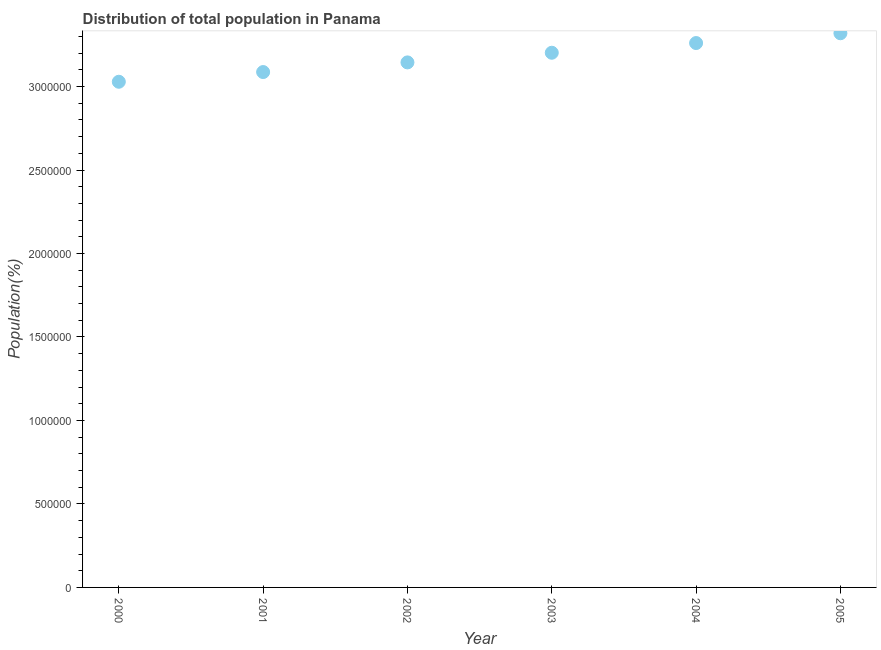
| Year | Total |
 | --- | --- |
 | 2000 | 3.03e+06 |
 | 2001 | 3.09e+06 |
 | 2002 | 3.14e+06 |
 | 2003 | 3.2e+06 |
 | 2004 | 3.26e+06 |
 | 2005 | 3.32e+06 |